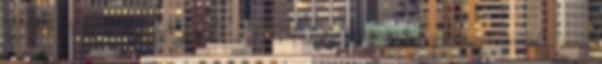
Szakiskola és Kollégium TANMENET. 10044-12 Élelmiszer, fogyasztóvédelem modul Herceg